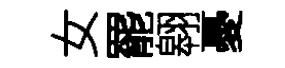
女罷翱憂